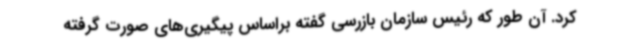
کرد. آن طور که رئیس سازمان بازرسی گفته براساس پیگیری‌های صورت گرفته